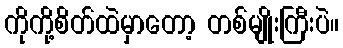
ကိုကို့စိတ်ထဲမှာတော့ တစ်မျိုးကြီးပဲ။